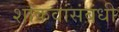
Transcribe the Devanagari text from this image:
शांकवांसंबंधी